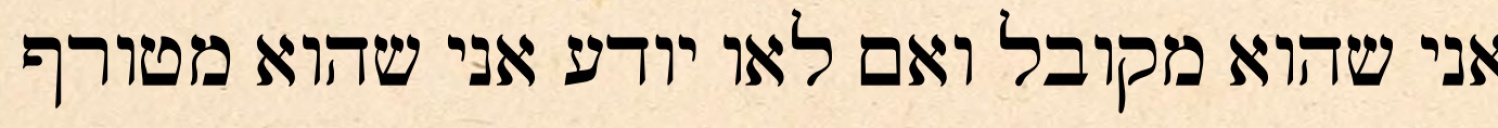
אני שהוא מקובל ואם לאו יודע אני שהוא מטורף